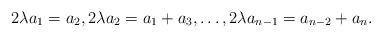
LaTeX: \begin{align*}2\lambda a_1 = a_2, 2\lambda a_2 = a_1 + a_3, \ldots, 2\lambda a_{n-1} = a_{n-2} + a_n. \end{align*}